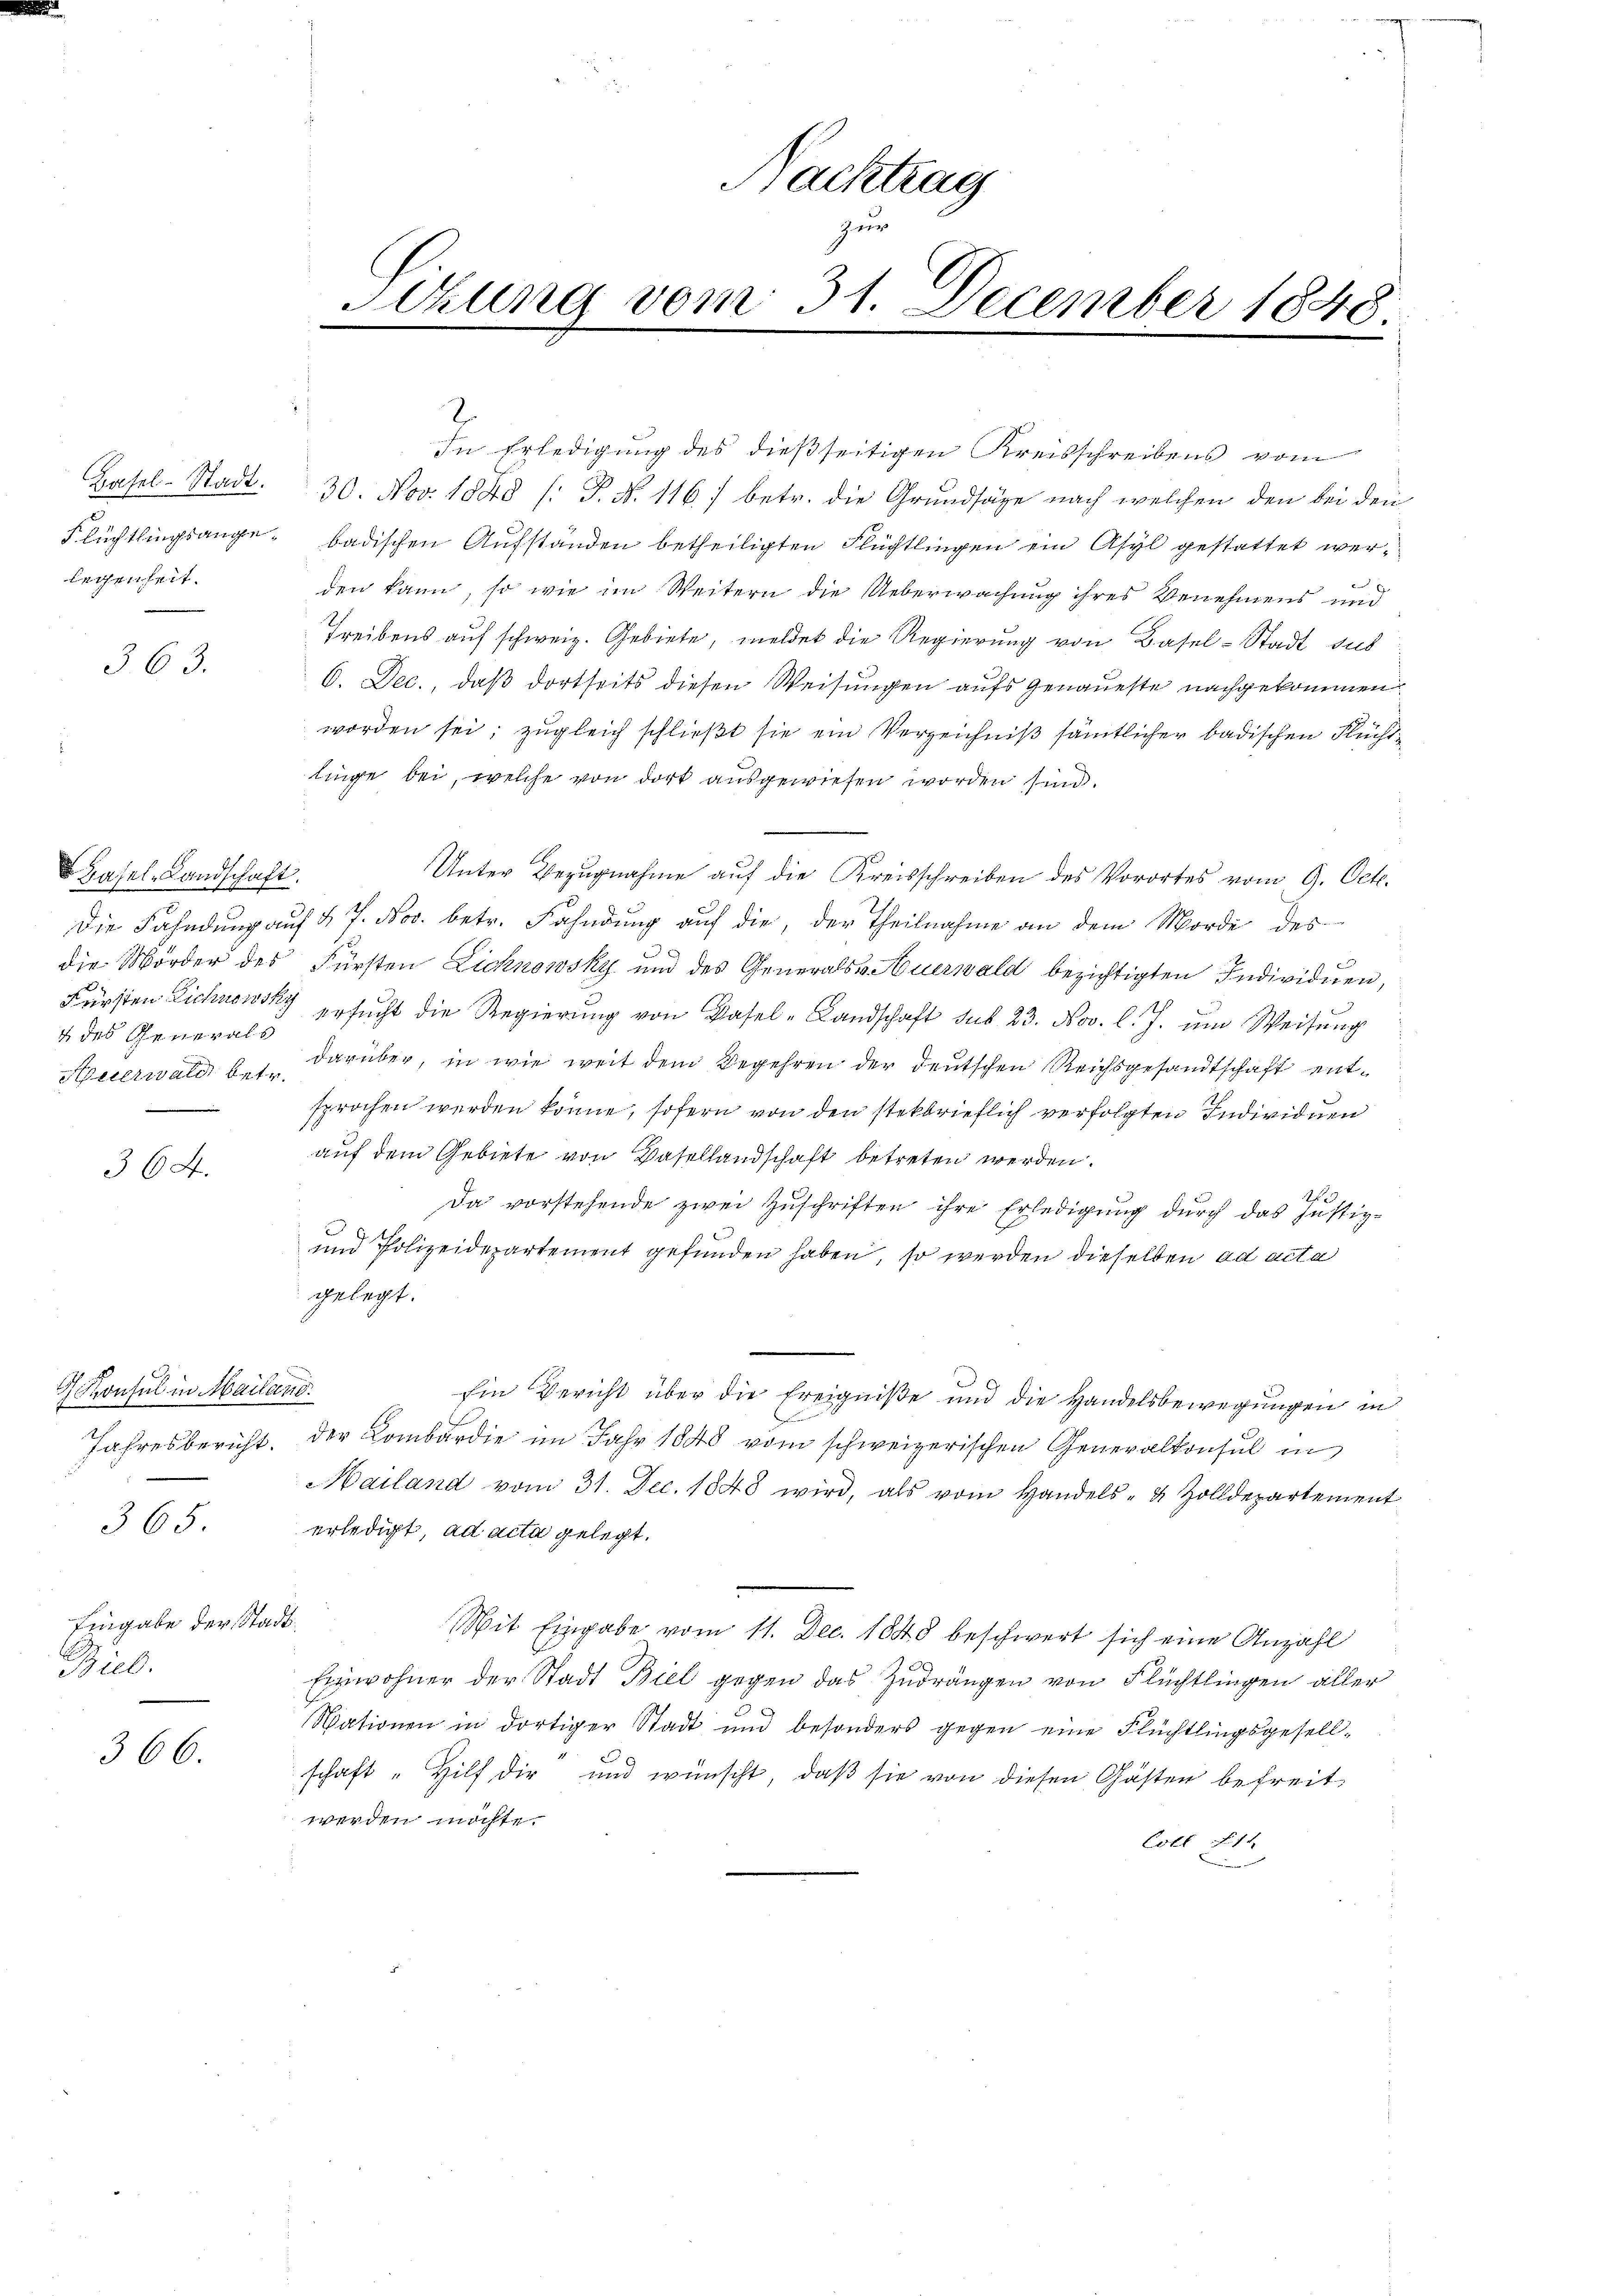
Basel-Stadt.
Flüchtlingsangelecherheit
363.

Hasel-Landschaft.
4 des Generals
m

364.

Konsul in Mailand.
Jahresbericht.
Eingabe der Stadt¬
Biel.

365.

366.

Nachtrag
zur
Sitzung vom 31. December 1848.

2
In Erledigung des dießseitigen Kreisschreibens vom
30. Nov. 1848 (: P. N. 1167 betr. die Grundsäge nach welchen den bei den
badischen Aufständen betheiligten Flüchtlingen ein Asyl gestattet werden kann, so wie im Weitern die Ueberwachung ihres Benehmens und
Treibens auf schweiz. Gebiete, meldet die Regierung von Basel-Stadt sus
6. Dec., daß dortseits diesen Weisungen aufs Genaueste nachgekommen.
worden sei; zugleich schließt sie ein Verzeichniß sämtlicher badischen Flüchtlinge bei, welche von dort ausgewiesen worden sind.
Unter Bezugnahme aŭf die Kreisschreiben des Vorortes vom 9. Oct.
Die Fahndung auf § 7. Nov. betr. Fahndung auf die, der Theilnahme an dem Morde des
die Mörder des Fürsten Lichnowsky und des Generals Auerwald bezichtigten Individuen,
s
Fürsten Lichnen ersŭcht die Regierŭng von Basel-Landschaft sus 23. Nov. l. J. ŭm Weisŭng
Heerwald b. 1. darüber, in wie weit dem Begehren der deutschen Reichsgesandtschaft entsprochen werden könne, sofern von den stekbrieflich verfolgten Individuen
auf dem Gebiete von Basellandschaft betreten werden.
A
Da vorstehende zwei Zuschriften ihre Erledigung durch das Justiz-
und Polizeidepartement gefunden haben, so werden dieselben ad acta
gelegt.
Ein Bericht über die Ereigniße und die Handelsbewegungen in
E
der Lombardie im Jahr 1848 vom schweizerischen Generalkonsul in
Mailand vom 31. Dec. 1848 wird, als vom Handels- & Zolldepartement
erledigt, ad acta gelegt.
Mit Eingabe vom 11. Dec. 1848 beschwert sich eine Anzahl
Einwohner der Stadt Biel gegen das Zudrängen von Flüchtlingen aller
Mationen in dortiger Stadt und besonders gegen eine Flüchtlingsgesellschaft "Hilf dir und wünscht, daβ sie von diesen Gästen befreit
werden möchte.
Cotl 11